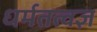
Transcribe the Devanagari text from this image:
धर्मतत्वज्ञ